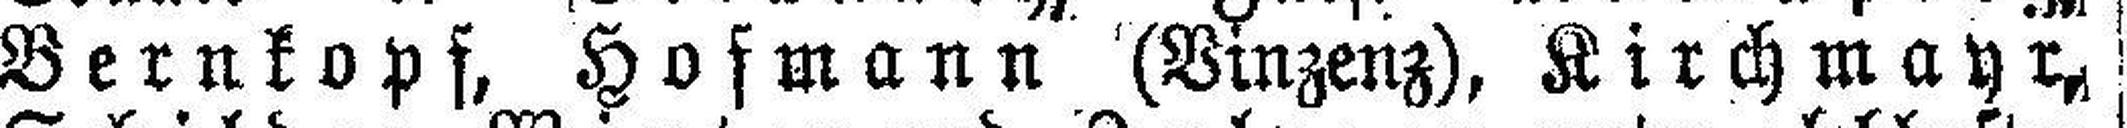
Bernkopf, Hofmann (Vinzenz), Kirchmayr,